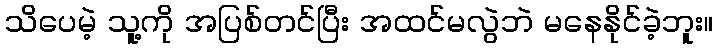
သိပေမဲ့ သူ့ကို အပြစ်တင်ပြီး အထင်မလွဲဘဲ မနေနိုင်ခဲ့ဘူး။